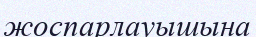
жоспарлауышына